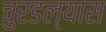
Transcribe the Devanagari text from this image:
चुरडल्यास